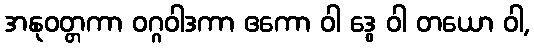
အနုဝတ္တကာ ဝဂ္ဂဝါဒကာ ဧကော ဝါ ဒွေ ဝါ တယော ဝါ,